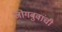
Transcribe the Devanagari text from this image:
जोगबुवांची